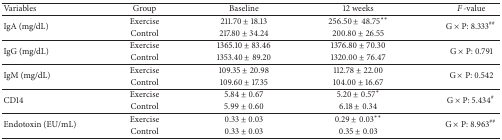
| Variables | Group | Baseline | 12 weeks | F-value |
 | --- | --- | --- | --- | --- |
 | <ROWSPAN=2> IgA (mg/dL) | Exercise | 211.70 ± 18.13 | 256.50 ± 48.75∗∗ | <ROWSPAN=2> G × P: 8.333## |
 | Control | 217.80 ± 34.24 | 200.80 ± 26.55 |
 | <ROWSPAN=2> IgG (mg/dL) | Exercise | 1365.10 ± 83.46 | 1376.80 ± 70.30 | <ROWSPAN=2> G × P: 0.791 |
 | Control | 1353.40 ± 89.20 | 1320.00 ± 76.47 |
 | <ROWSPAN=2> IgM (mg/dL) | Exercise | 109.35 ± 20.98 | 112.78 ± 22.00 | <ROWSPAN=2> G × P: 0.542 |
 | Control | 109.60 ± 17.35 | 104.00 ± 16.67 |
 | <ROWSPAN=2> CD14 | Exercise | 5.84 ± 0.67 | 5.20 ± 0.57∗ | <ROWSPAN=2> G × P: 5.434# |
 | Control | 5.99 ± 0.60 | 6.18 ± 0.34 |
 | <ROWSPAN=2> Endotoxin (EU/mL) | Exercise | 0.33 ± 0.03 | 0.29 ± 0.03∗∗ | <ROWSPAN=2> G × P: 8.963## |
 | Control | 0.33 ± 0.03 | 0.35 ± 0.03 |